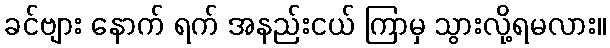
ခင်ဗျား နောက် ရက် အနည်းငယ် ကြာမှ သွားလို့ရမလား။